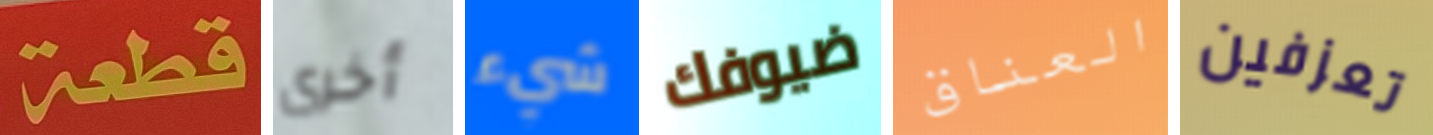
قطعة أخرى شيء ضيوفك العناق تعزفين